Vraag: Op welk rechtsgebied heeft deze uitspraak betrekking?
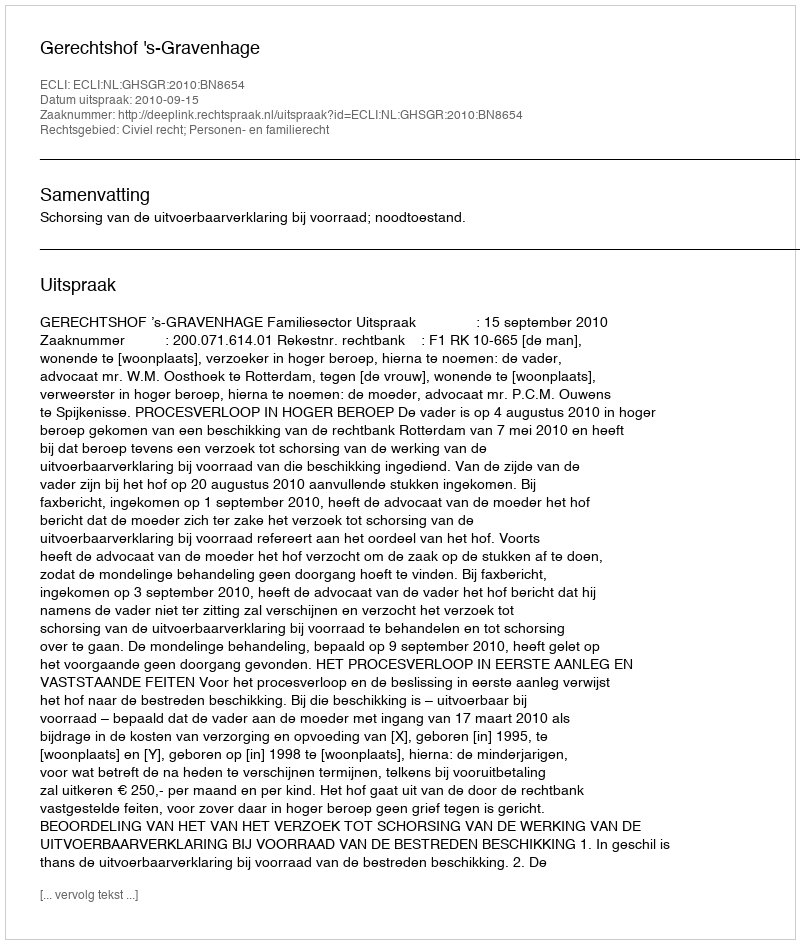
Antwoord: Civiel recht; Personen- en familierecht